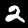
Digit: 2